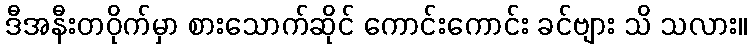
ဒီအနီးတဝိုက်မှာ စားသောက်ဆိုင် ကောင်းကောင်း ခင်ဗျား သိ သလား။